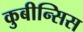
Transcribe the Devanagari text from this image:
कुबीन्सिस